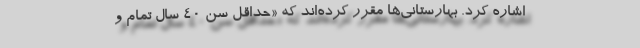
اشاره کرد. بهارستانی‌ها مقرر کرده‌اند که «حداقل سن ۴۰ سال تمام و